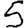
Digit: 5